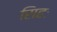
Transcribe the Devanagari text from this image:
सिहः